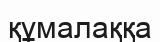
құмалаққа